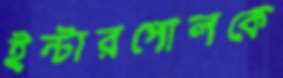
ইন্টারপোলকে